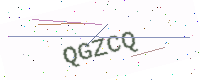
Text: QGZCQ